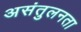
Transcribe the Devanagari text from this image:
असंतुलनता